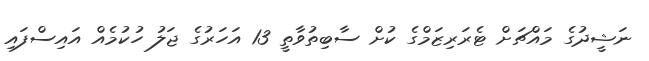
ނަޝީދުގެ މައްޗަށް ޓެރަރިޒަމްގެ ކުށް ސާބިތުވާތީ 13 އަހަރުގެ ޖަލު ހުކުމެއް އައިސްފައި